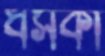
ধসকা